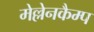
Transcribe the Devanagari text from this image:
मेल्लेनकैम्प